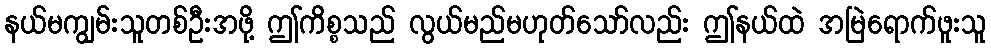
နယ်မကျွမ်းသူတစ်ဦးအဖို့ ဤကိစ္စသည် လွယ်မည်မဟုတ်သော်လည်း ဤနယ်ထဲ အမြဲရောက်ဖူးသူ